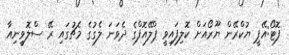
ފޮޓޯ:އޭޕީ ޔުކްރޭން ޔޫރޯއަށް ކޮލިފައިވީ ޕްލޭއޮފްގެ ދެވަނަ ލެގުގެ މެޗުގައި ރޭ ސްލޮވީނިއާ